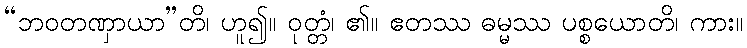
“ဘဝတဏှာယာ”တိ၊ ဟူ၍။ ဝုတ္တံ၊ ၏။ ဧတဿ ဓမ္မဿ ပစ္စယောတိ၊ ကား။